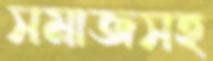
সমাজসহ